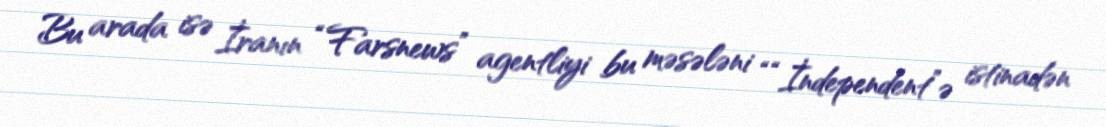
Bu arada isə İranın “Farsnews” agentliyi bu məsələni ““İndependent”ə istinadən